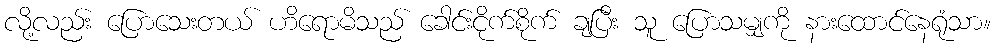
လို့လည်း ပြောသေးတယ် ဟိရောမိသည် ခေါင်းငိုက်စိုက် ချပြီး သူ ပြောသမျှကို နားထောင်နေရုံသာ။